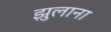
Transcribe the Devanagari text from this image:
झुलाना